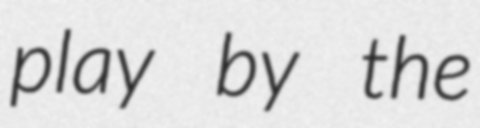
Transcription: play by the